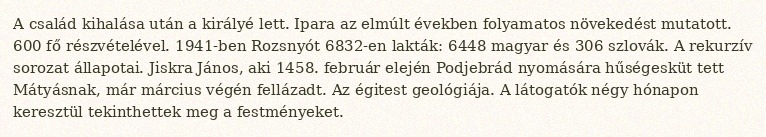
A család kihalása után a királyé lett. Ipara az elmúlt években folyamatos növekedést mutatott. 600 fő részvételével. 1941-ben Rozsnyót 6832-en lakták: 6448 magyar és 306 szlovák. A rekurzív sorozat állapotai. Jiskra János, aki 1458. február elején Podjebrád nyomására hűségesküt tett Mátyásnak, már március végén fellázadt. Az égitest geológiája. A látogatók négy hónapon keresztül tekinthettek meg a festményeket.